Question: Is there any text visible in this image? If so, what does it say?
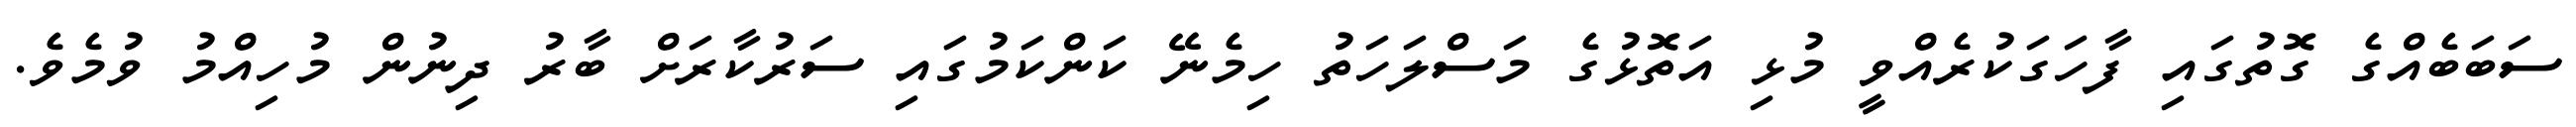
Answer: ސަބަބެއްގެ ގޮތުގައި ފާހަގަކުރެއްވީ މުޅި އަތޮޅުގެ މަސްލަހަތު ހިމެނޭ ކަންކަމުގައި ސަރުކާރަށް ބާރު ދިނުން މުހިއްމު ވުމެވެ.